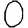
Digit: 0